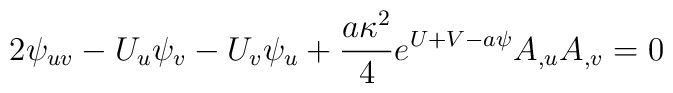
2\psi_{uv}-U_{u} \psi_{v}   -U_{v} \psi_{u} +{a \kappa^{2} \over 4}e^{U+V-a\psi} A_{,u} A_{,v}=0